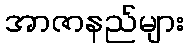
အာဇာနည်များ